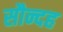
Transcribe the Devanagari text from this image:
सौन्दह